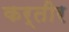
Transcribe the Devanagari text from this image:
कर्तीर